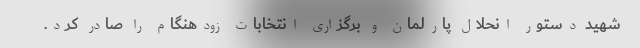
شهید دستور انحلال پارلمان و برگزاری انتخابات زودهنگام را صادر کرد.